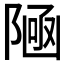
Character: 𱀩